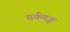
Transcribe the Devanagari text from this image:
तर्कदृष्ट